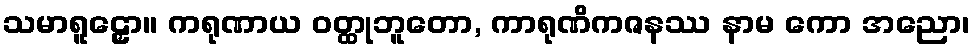
သမာရူဠှော။ ကရုဏာယ ဝတ္ထုဘူတော, ကာရုဏိကဇနဿ နာမ ကော အညော၊